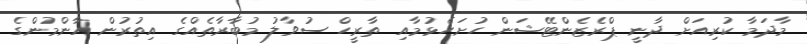
މާދަމާ ކުރިއަށް ދާނީ ޕްރެޒެންޓޭޝަން ހުށަހެޅުމާއި ތާރީހް ސުވާލު މުބާރާތެއްގެ އިތުރުން އާންމުންގެ